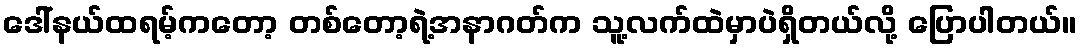
ဒေါ်နယ်ထရမ့်ကတော့ တစ်တော့ရဲ့အနာဂတ်က သူ့လက်ထဲမှာပဲရှိတယ်လို့ ပြောပါတယ်။